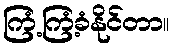
ကြံ့ကြံ့ခံနိုင်တာ။